Report on malaria in the Punjab during the year ...  together with an account of the work of the Punjab Malaria Bureau - Volume 5
Disease focus: Malaria
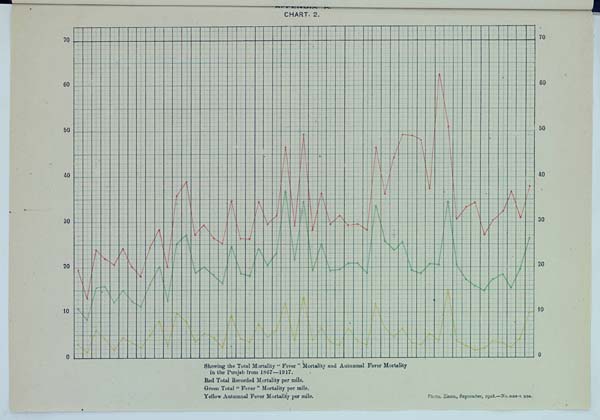
CHART. 2.
Showing the Total Mortality "Fever" Mortality and Autumnal Fever Mortality
in the Punjab from 1867—1917.
Red Total Recorded Mortality per mile.
Green Total "Fever" Mortality per mile.
Yellow Autumnal Fever Mortality per mile.
Photo. Zinco., September, 1918.—No. 3138-1. 356.